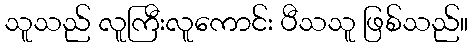
သူသည် လူကြီးလူကောင်း ပီသသူ ဖြစ်သည်။